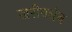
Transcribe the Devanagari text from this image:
खरीवर्धन